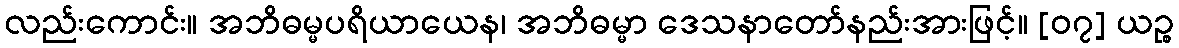
လည်းကောင်း။ အဘိဓမ္မပရိယာယေန၊ အဘိဓမ္မာ ဒေသနာတော်နည်းအားဖြင့်။ [၀၇] ယဉ္စ